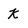
Character: k